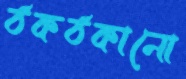
ঠকঠকানো